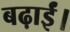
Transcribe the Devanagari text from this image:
बढ़ाईं।